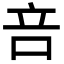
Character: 咅